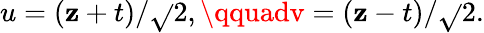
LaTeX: u=(\mathbf{z}+t)/\sqrt{}{{2}},\qquadv=(\mathbf{z}-t)/\sqrt{}{{2}}.